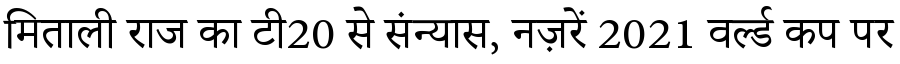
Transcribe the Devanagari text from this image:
मिताली राज का टी20 से संन्यास, नज़रें 2021 वर्ल्ड कप पर